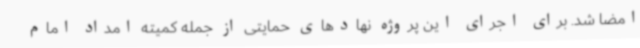
امضا شد. برای اجرای این پروژه نهادهای حمایتی از جمله کمیته امداد امام